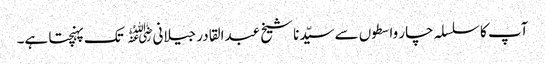
آپ کا سلسلہ چار واسطوں سے سیّدنا شیخ عبدالقادر جیلانی﷜ تک پہنچتا ہے۔